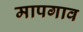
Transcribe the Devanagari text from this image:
मापगाव